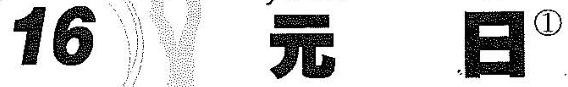
16 元 日^{①}